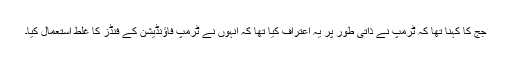
جج کا کہنا تھا کہ ٹرمپ نے ذاتی طور پر یہ اعتراف کیا تھا کہ انہوں نے ٹرمپ فاؤنڈیشن کے فنڈز کا غلط استعمال کیا۔